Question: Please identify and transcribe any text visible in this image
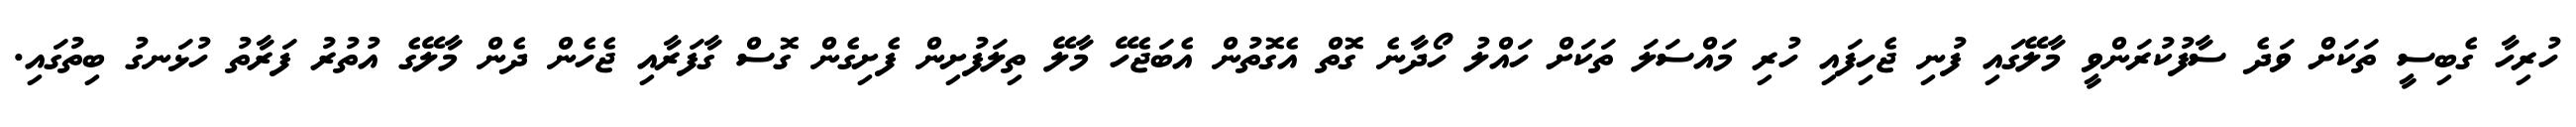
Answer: ހުރިހާ ގެބިސީ ތަކަށް ވަދެ ސާފުކުރަންވީ މާލޭގައި ފުނި ޖެހިފައި ހުރި މައްސަލަ ތަކަށް ހައްލު ހޯދާނެ ގޮތް އެގޮތުން އެބަޖެހޭ މާލޭ ތިލަފުށިން ފެށިގެން ގޮސް ގާފަރާއި ޖެހެން ދެން މާލޭގެ އުތުރު ފަރާތު ހުޅަނގު ބިތުގައި.